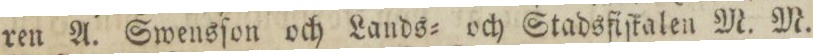
ren A. Swensſon och Lands= och Stadsfiſkalen M. M.